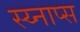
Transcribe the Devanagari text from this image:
स्य्नाप्स